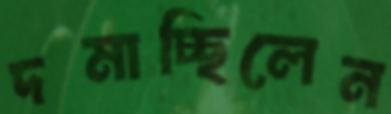
দমাচ্ছিলেন